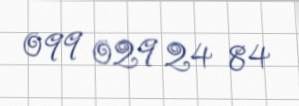
099 029 24 84